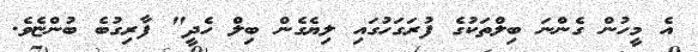
އެ މީހުން ގެންނަ ބިލްތަކުގެ ފުރަގަހުގައި ލިޔެގެން ބިލް ހެދީ" ފާރިގުބެ ބުންޏެވެ.